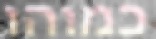
כמוהו